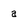
Character: a